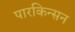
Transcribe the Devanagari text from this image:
पारकिन्सन